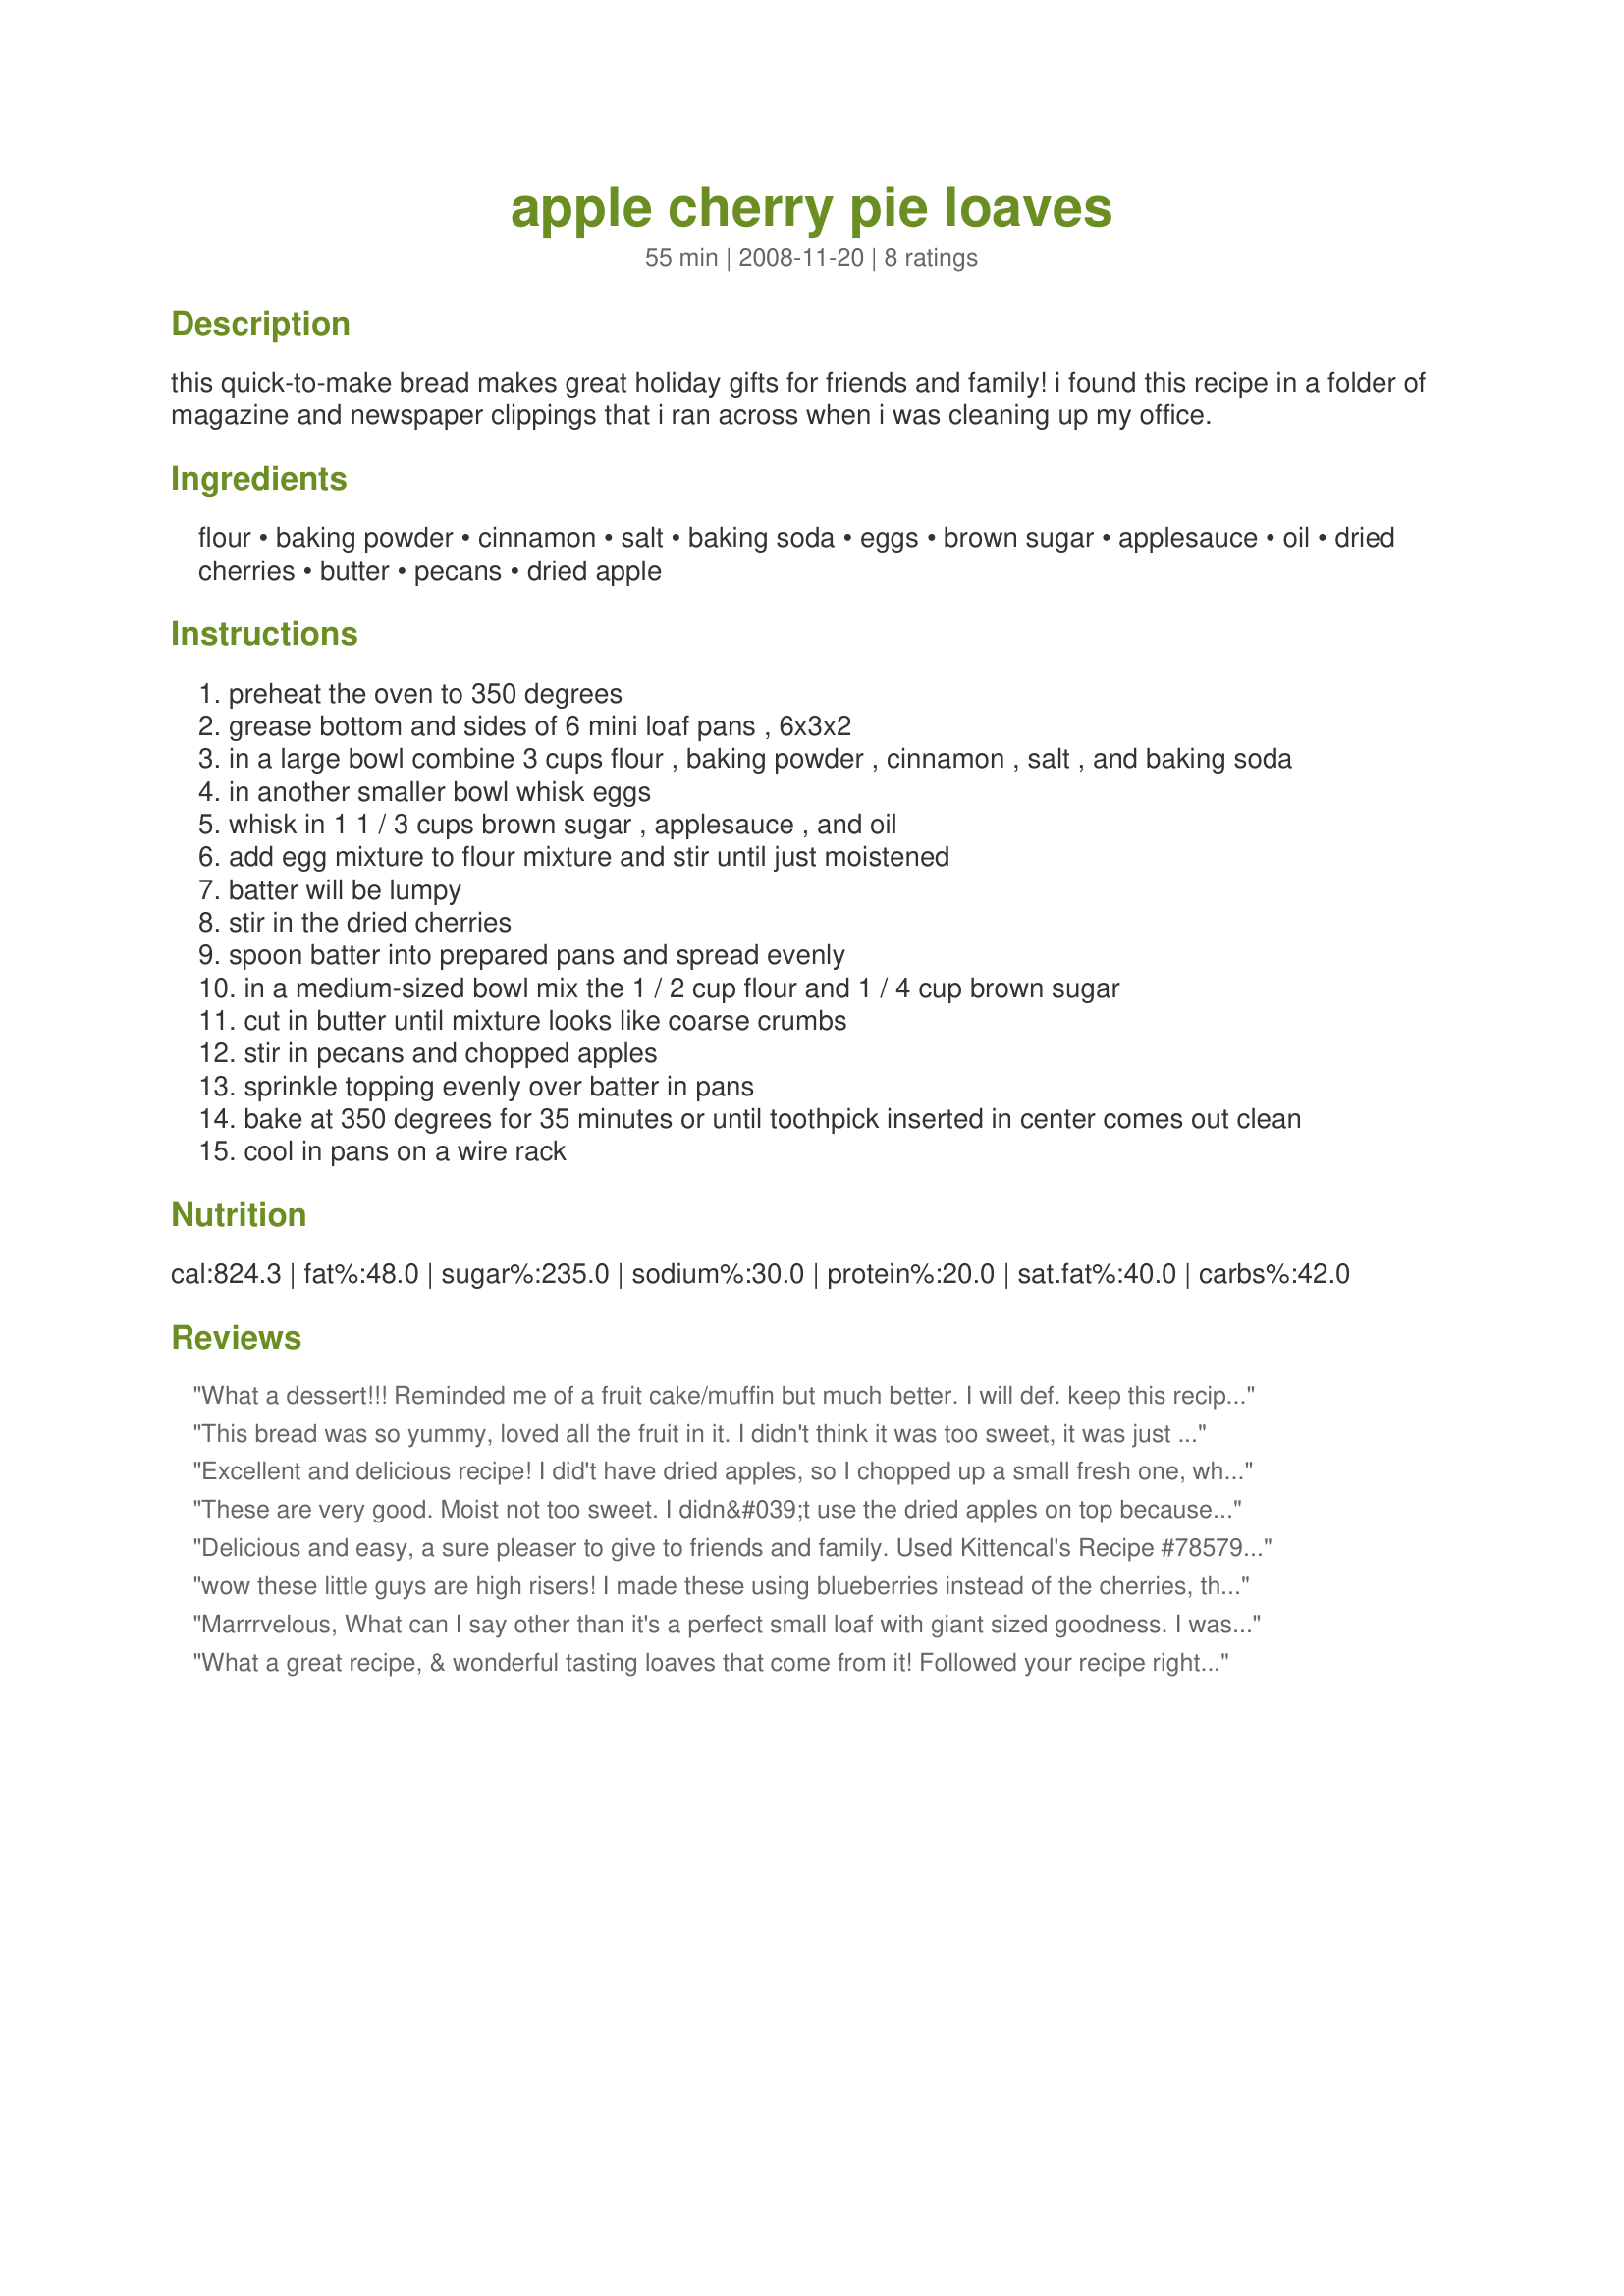
apple cherry pie loaves
Preparation time: 55 minutes

this quick-to-make bread makes great holiday gifts for friends and family! i found this recipe in a folder of magazine and newspaper clippings that i ran across when i was cleaning up my office.

Ingredients:
flour, baking powder, cinnamon, salt, baking soda, eggs, brown sugar, applesauce, oil, dried cherries, butter, pecans, dried apple

Steps:
preheat the oven to 350 degrees
grease bottom and sides of 6 mini loaf pans , 6x3x2
in a large bowl combine 3 cups flour , baking powder , cinnamon , salt , and baking soda
in another smaller bowl whisk eggs
whisk in 1 1 / 3 cups brown sugar , applesauce , and oil
add egg mixture to flour mixture and stir until just moistened
batter will be lumpy
stir in the dried cherries
spoon batter into prepared pans and spread evenly
in a medium-sized bowl mix the 1 / 2 cup flour and 1 / 4 cup brown sugar
cut in butter until mixture looks like coarse crumbs
stir in pecans and chopped apples
sprinkle topping evenly over batter in pans
bake at 350 degrees for 35 minutes or until toothpick inserted in center comes out clean
cool in pans on a wire rack

Reviews:
What a dessert!!! Reminded me of a fruit cake/muffin but much better. I will def. keep this recipe in my box!!!
This bread was so yummy, loved all the fruit in it. I didn't think it was too sweet, it was just right, and great with some cream cheese or butter on it. Thanks! Made for Spring PAC 2009.
Excellent and delicious recipe! I did't have dried apples, so I chopped up a small fresh one, which worked great! As my mini loaf pan only makes four loaves, I cut the recipe back to four instead of six, and found that I ended up with three, rather than four. I wonder if my mini loaf pans are larger than most - in any case, next time, I'll make the full recipe, as that will be perfect for my four loaf pan. Mine took an extra 10 minutes as well, which probably is another indication that my mini loaf pan is a little larger. Thanks, Loof, I'm so glad you posted this one! Made for Zaar Stars.
These are very good. Moist not too sweet. I didn&#039;t use the dried apples on top because I didn&#039;t have any but added about 1/2 Cup of apple to it. Fabulous!
Delicious and easy, a sure pleaser to give to friends and family. Used Kittencal's Recipe #78579 #78579 to grease the disposable mini pans. This is very high in carbs, but it tastes so good and sweet. Thanks for posting, loof! Made for Photo Tag.
wow these little guys are high risers! I made these using blueberries instead of the cherries, these took just under 30 minutes in a convection oven to bake, I saved a few and froze the rest, thanks loof great recipe!
Marrrvelous, What can I say other than it's a perfect small loaf with giant sized goodness. I was going to have 3 little slices with a cuppa and ended up eating the whole loaf. I'm so ashamed, lol. I was well into making the recipe when I discovered that there was no more brown sugar (Ah yes! I now remember adding it to the shopping list several days ago). I used regular Splenda in it's place , if anyone else wants to sub in Splenda I'd recommend usling less as mine was very sweet. I used 50/50 while and whole wheat flours and skipped the topping per personal preference. I wish I could give this recipe more than 5 stars.
What a great recipe, & wonderful tasting loaves that come from it! Followed your recipe right on down, using some homemade applesauce as well as a generous measure of dried Fuji apples (for the topping)! Definitely something worth making during the end-of-year holidays! Thanks for sharing this real keeper of a recipe! [Tagged & made in Please Review My Recipe]
